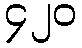
၄၂၀